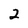
Character: 2